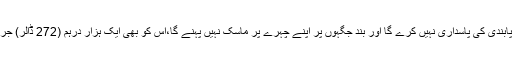
جو کوئی شخص سماجی فاصلے کی پابندی کی پاسداری نہیں کرے گا اور بند جگہوں پر اپنے چہرے پر ماسک نہیں پہنے گا،اس کو بھی ایک ہزار درہم (272 ڈالر) جرمانے کی سزا کا سامنا کرنا پڑے گا۔